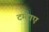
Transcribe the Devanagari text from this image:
टम्टाए